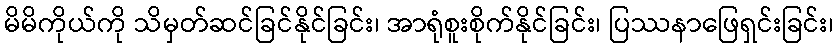
မိမိကိုယ်ကို သိမှတ်ဆင်ခြင်နိုင်ခြင်း၊ အာရုံစူးစိုက်နိုင်ခြင်း၊ ပြဿနာဖြေရှင်းခြင်း၊